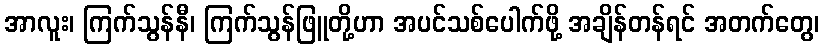
အာလူး၊ ကြက်သွန်နီ၊ ကြက်သွန်ဖြူတို့ဟာ အပင်သစ်ပေါက်ဖို့ အချိန်တန်ရင် အတက်တွေ၊